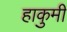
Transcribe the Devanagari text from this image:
हाकुमी